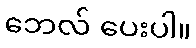
ဘေလ် ပေးပါ။